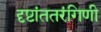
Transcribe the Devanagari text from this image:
दृष्टांततरंगिणी